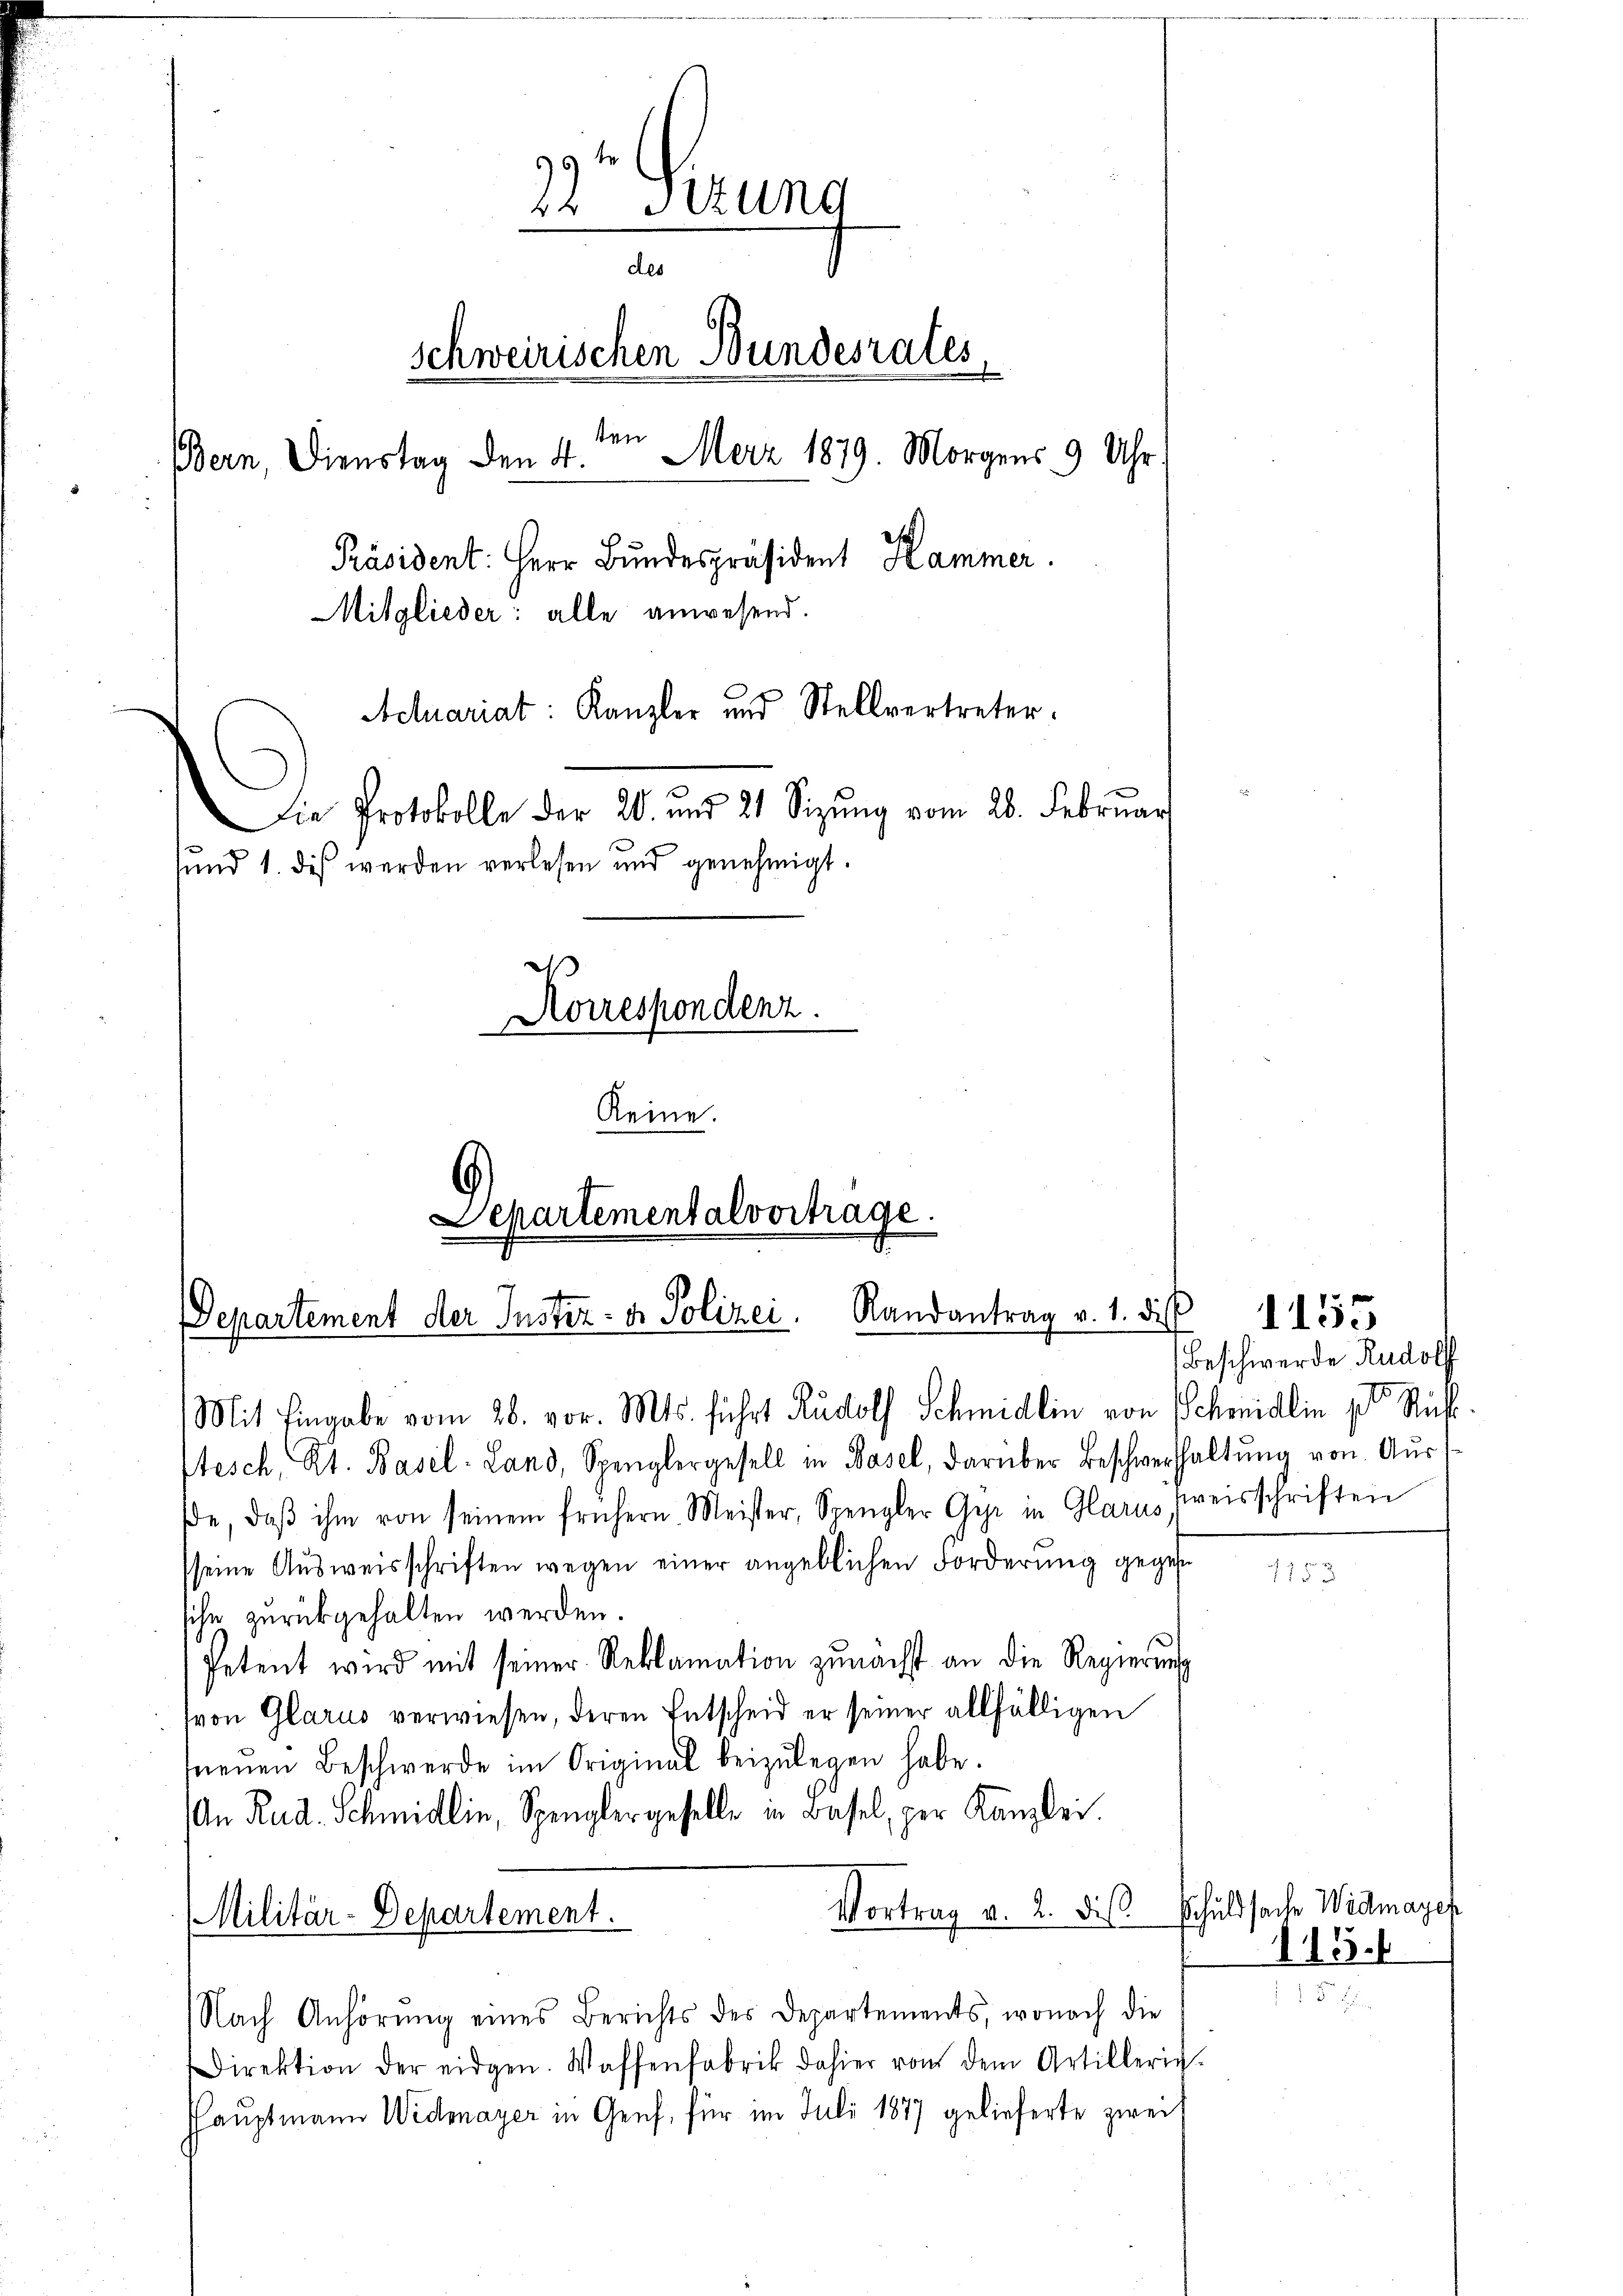
2 Gerung
des
schweirischen Bundesrates,
Bern, Dienstag den 4. Merz 1879. Morgens 9 Uhr
Präsident: Herr Bundespräsident Hammer.
Mitglieder: alle anwesend.
Actuariat: Kanzler und Stellvertreter.
Die Protokolle der 20. und 21 Sizŭng vom 28. Februar
sund 1. dis werden verlesen und genehmigt.
Korrespondenz.
Reine.

Departementalvortrage.
Randantrag v. 1. di
Departement der Inster. v. Polizei.
Mit Eingabe vom 28. vor. Mts. führt Rudolf Schmidlin von Schmidlin pto Ruh

tesch, Kt. Basel-Land, Spenglergesell in Basel, darüber Beschwerthaltŭng von Aus
de, daβ ihm von seinem frühern Meister, Spengler Gyr in Harus freisschriften
seine Aŭsweisschriften wegen einer angeblichen Forderung gegen
sche zurückgehalten werden.
Petent wird mit seiner Reklamation zŭnächst an die Regierŭng
von Glarus verwiesen, deren Entscheid er seiner allfälligen
fneuen Beschwerde im Original beizulegen habe.
An Rud. Schmidlin, Spenglergeselle in Basel, per Kanzlei.
Vortrag v. 2. des Schuldsache Widmages
Militär-Departement.
Nach Anhörung eines Berichts des Departements, wonach die
Direktion der eidgen. Waffenfabrik dahier von dem Artilleric
shauptmann Widmayer in Genf, für im Juli 1877 gelieferte zwei

Beschwerde Rudolf

175

1155

415.